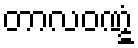
တာလဝဏ္ဋံ